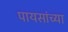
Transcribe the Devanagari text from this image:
पायसांच्या